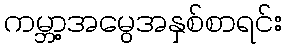
ကမ္ဘာ့အမွေအနှစ်စာရင်း